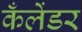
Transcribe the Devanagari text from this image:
कँलेंडर